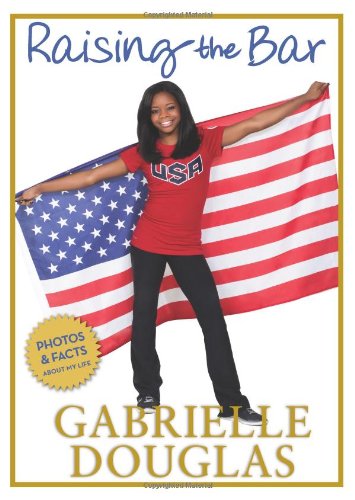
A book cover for Raising the Bar; Gabrielle Douglas; Christian Books & Bibles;